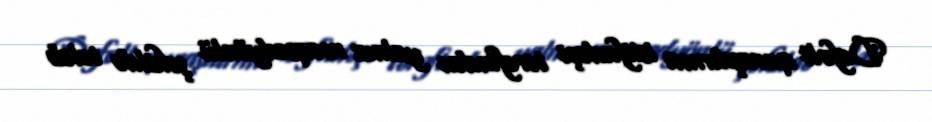
Defolt quraşdırma istifadəçi tərəfindən yalnız məqsədyönlü şəkildə tələb